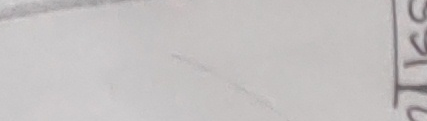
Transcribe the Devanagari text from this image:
स १ २ ८